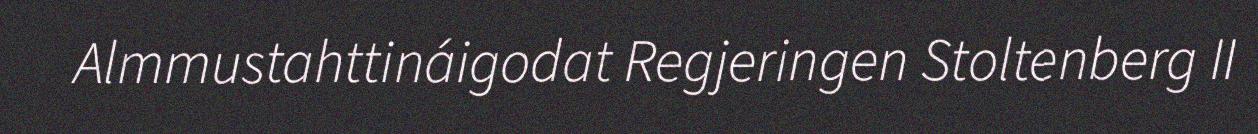
Almmustahttináigodat Regjeringen Stoltenberg II